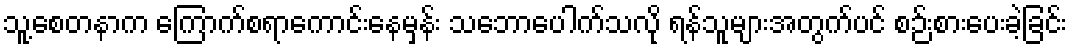
သူ့စေတနာက ကြောက်စရာကောင်းနေမှန်း သဘောပေါက်သလို ရန်သူများအတွက်ပင် စဉ်းစားပေးခဲ့ခြင်း